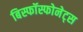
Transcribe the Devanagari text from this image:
बिस्फॉस्फोनेट्स